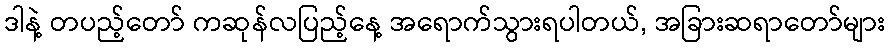
ဒါနဲ့ တပည့်တော် ကဆုန်လပြည့်နေ့ အရောက်သွားရပါတယ်, အခြားဆရာတော်များ